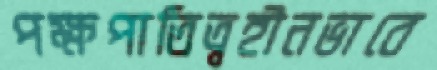
পক্ষপাতিত্বহীনভাবে